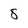
Character: 8